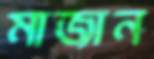
মাজান